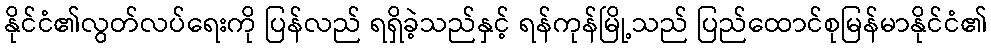
နိုင်ငံ၏လွတ်လပ်ရေးကို ပြန်လည် ရရှိခဲ့သည်နှင့် ရန်ကုန်မြို့သည် ပြည်ထောင်စုမြန်မာနိုင်ငံ၏